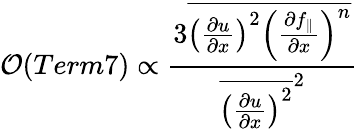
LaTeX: {\cal O}(Term7)\propto\frac{3\overline{{\left(\frac{\partial u}{\partial x}\right)^{2}\left(\frac{\partial f_{\parallel}}{\partial x}\right)^{n}}}}{{\overline{{\left(\frac{\partial u}{\partial x}\right)^{2}}}^{2}}}